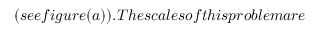
( s e e f i g u r e ( a ) ) . T h e s c a l e s o f t h i s p r o b l e m a r e